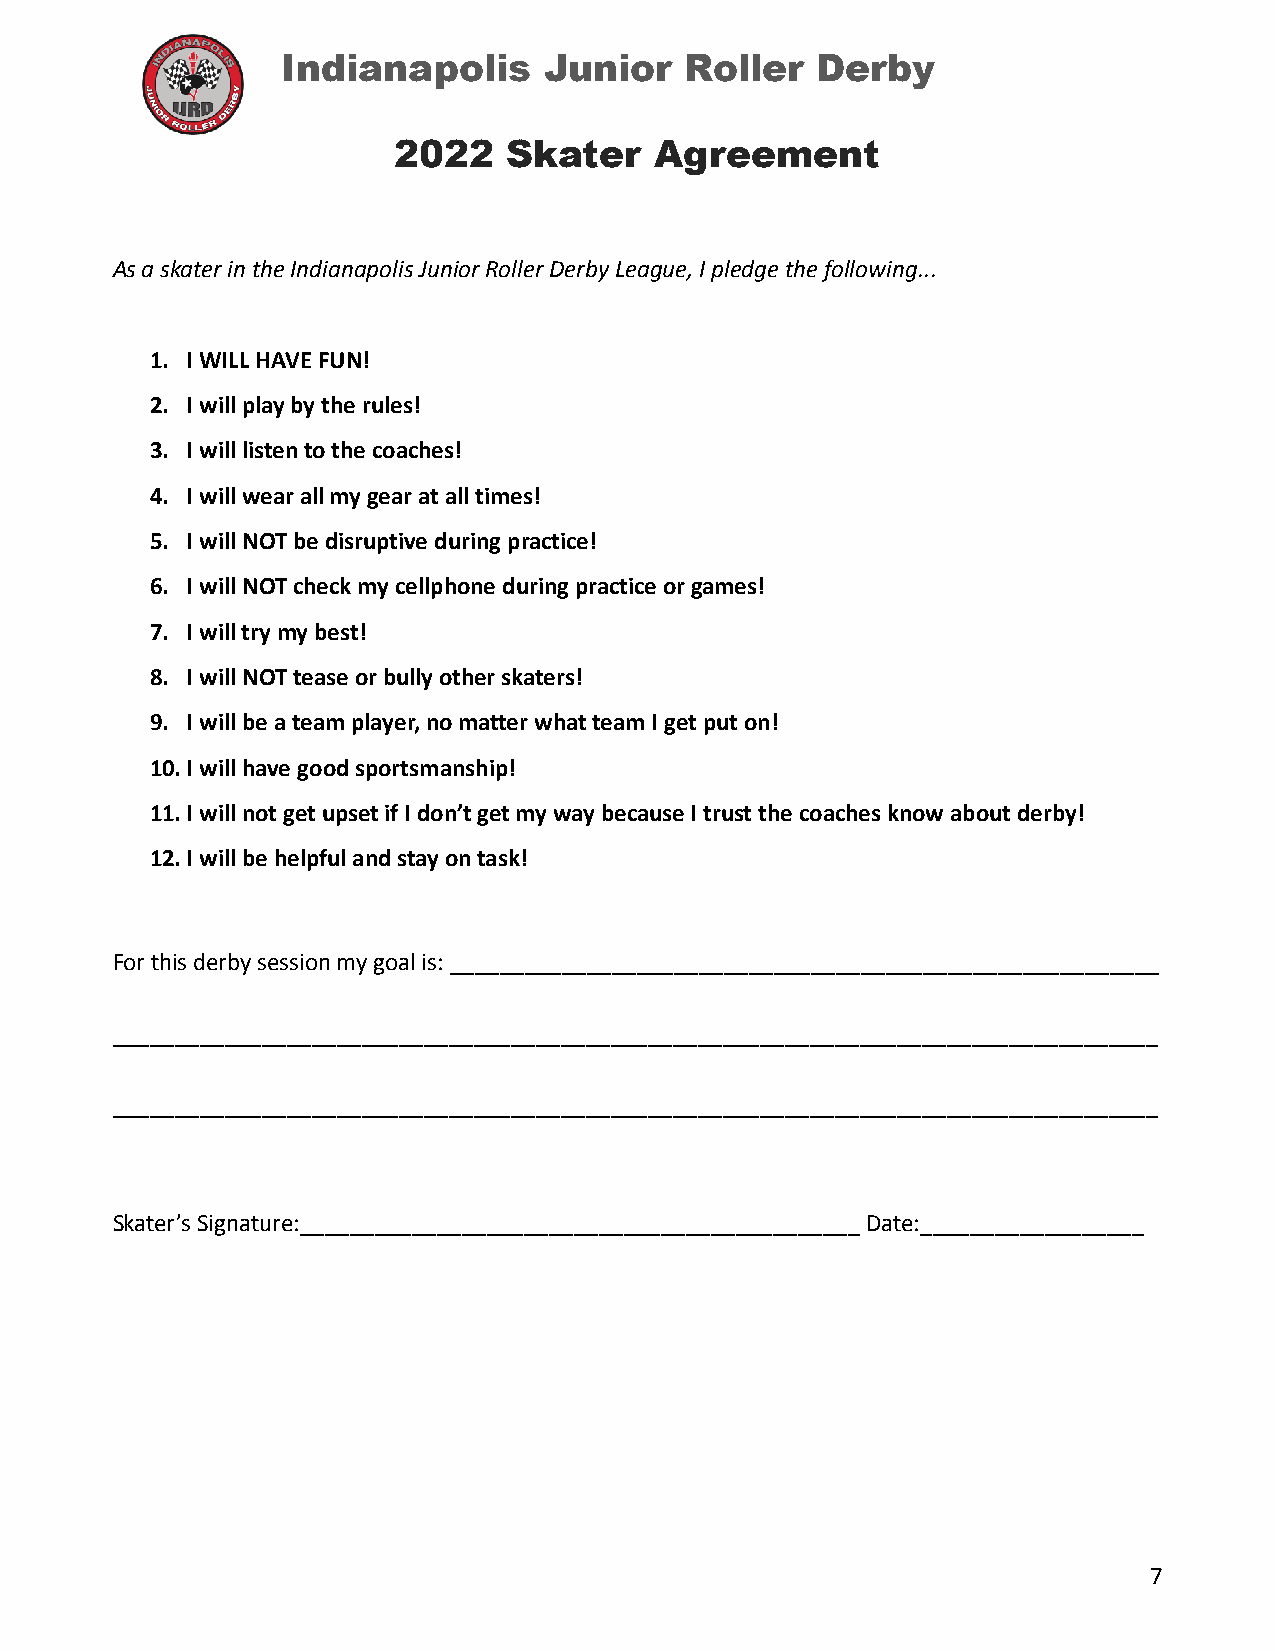
Indianapolis     Junior   Roller   Derby
 2022    Skater   Agreement
 As a skater in the Indianapolis Junior Roller Derby League, I pledge the following...
 1. I WILL HAVE FUN!
 2. I will play by the rules!
 3. I will listen to the coaches!
 4. I will wear all my gear at all times!
 5. I will NOT be disruptive during practice!
 6. I will NOT check my cellphone during practice or games!
 7. I will try my best!
 8. I will NOT tease or bully other skaters!
 9. I will be a team player, no matter what team I get put on!
 10.I will have good sportsmanship!
 11.I will not get upset if I don’t get my way because I trust the coaches know about derby!
 12.I will be helpful and stay on task!
 For this derby session my goal is: _________________________________________________________
 ____________________________________________________________________________________
 ____________________________________________________________________________________
 Skater’s Signature:_____________________________________________ Date:__________________
 7